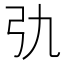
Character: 𢎩